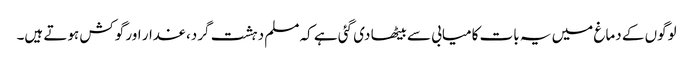
لوگوں کے دماغ میں یہ بات کامیابی سے بیٹھا دی گئی ہے کہ مسلم دہشت گرد، غدار اور گوکش ہوتے ہیں۔